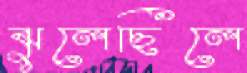
ঝুলেছিলে